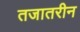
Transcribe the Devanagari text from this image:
तजातरीन